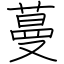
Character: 蔓